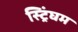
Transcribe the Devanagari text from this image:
स्ट्रिंघम